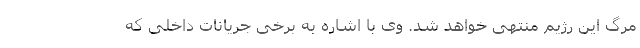
مرگ این رژیم منتهی خواهد شد. وی با اشاره به برخی جریانات داخلی که